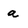
Character: a